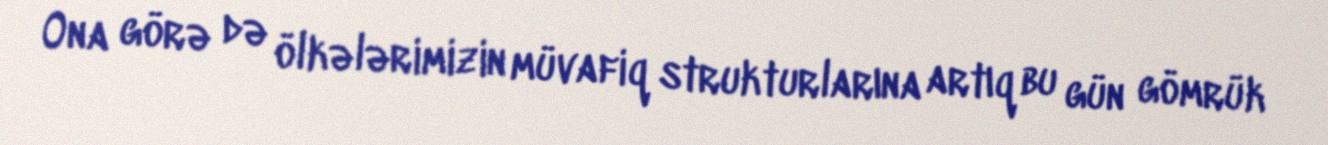
Ona görə də ölkələrimizin müvafiq strukturlarına artıq bu gün gömrük